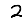
Digit: 2